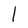
Character: l